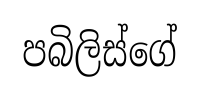
පබිලිස්ගේ